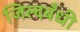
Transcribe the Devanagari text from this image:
जिल्दबँधी